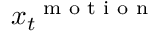
\boldsymbol x _ { t } ^ { \mathrm { ~ \scriptsize ~ m ~ o ~ t ~ i ~ o ~ n ~ } }